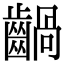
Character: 𪙃